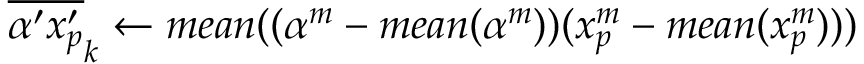
{ \overline { { { \alpha ^ { \prime } } { x _ { p } ^ { \prime } } } } } _ { k } \gets m e a n ( ( \alpha ^ { m } - m e a n ( \alpha ^ { m } ) ) ( x _ { p } ^ { m } - m e a n ( x _ { p } ^ { m } ) ) )